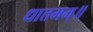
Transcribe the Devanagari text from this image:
धात्तमम्‌॥